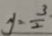
y = \frac { 3 } { 2 }